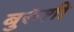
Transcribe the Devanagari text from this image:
बुरुंशी